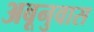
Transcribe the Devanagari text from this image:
अबूनुवास